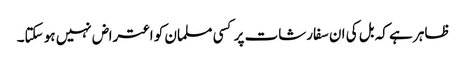
ظاہر ہے کہ بل کی ان سفارشات پر کسی مسلمان کو اعتراض نہیں ہو سکتا۔